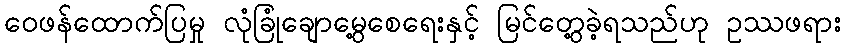
ဝေဖန်ထောက်ပြမှု လုံခြုံချောမွေ့စေရေးနှင့် မြင်တွေ့ခဲ့ရသည်ဟု ဥဿဖရား